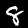
Label: 8